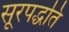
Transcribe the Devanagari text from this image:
सूरपद्धति